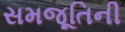
સમજૂતિની